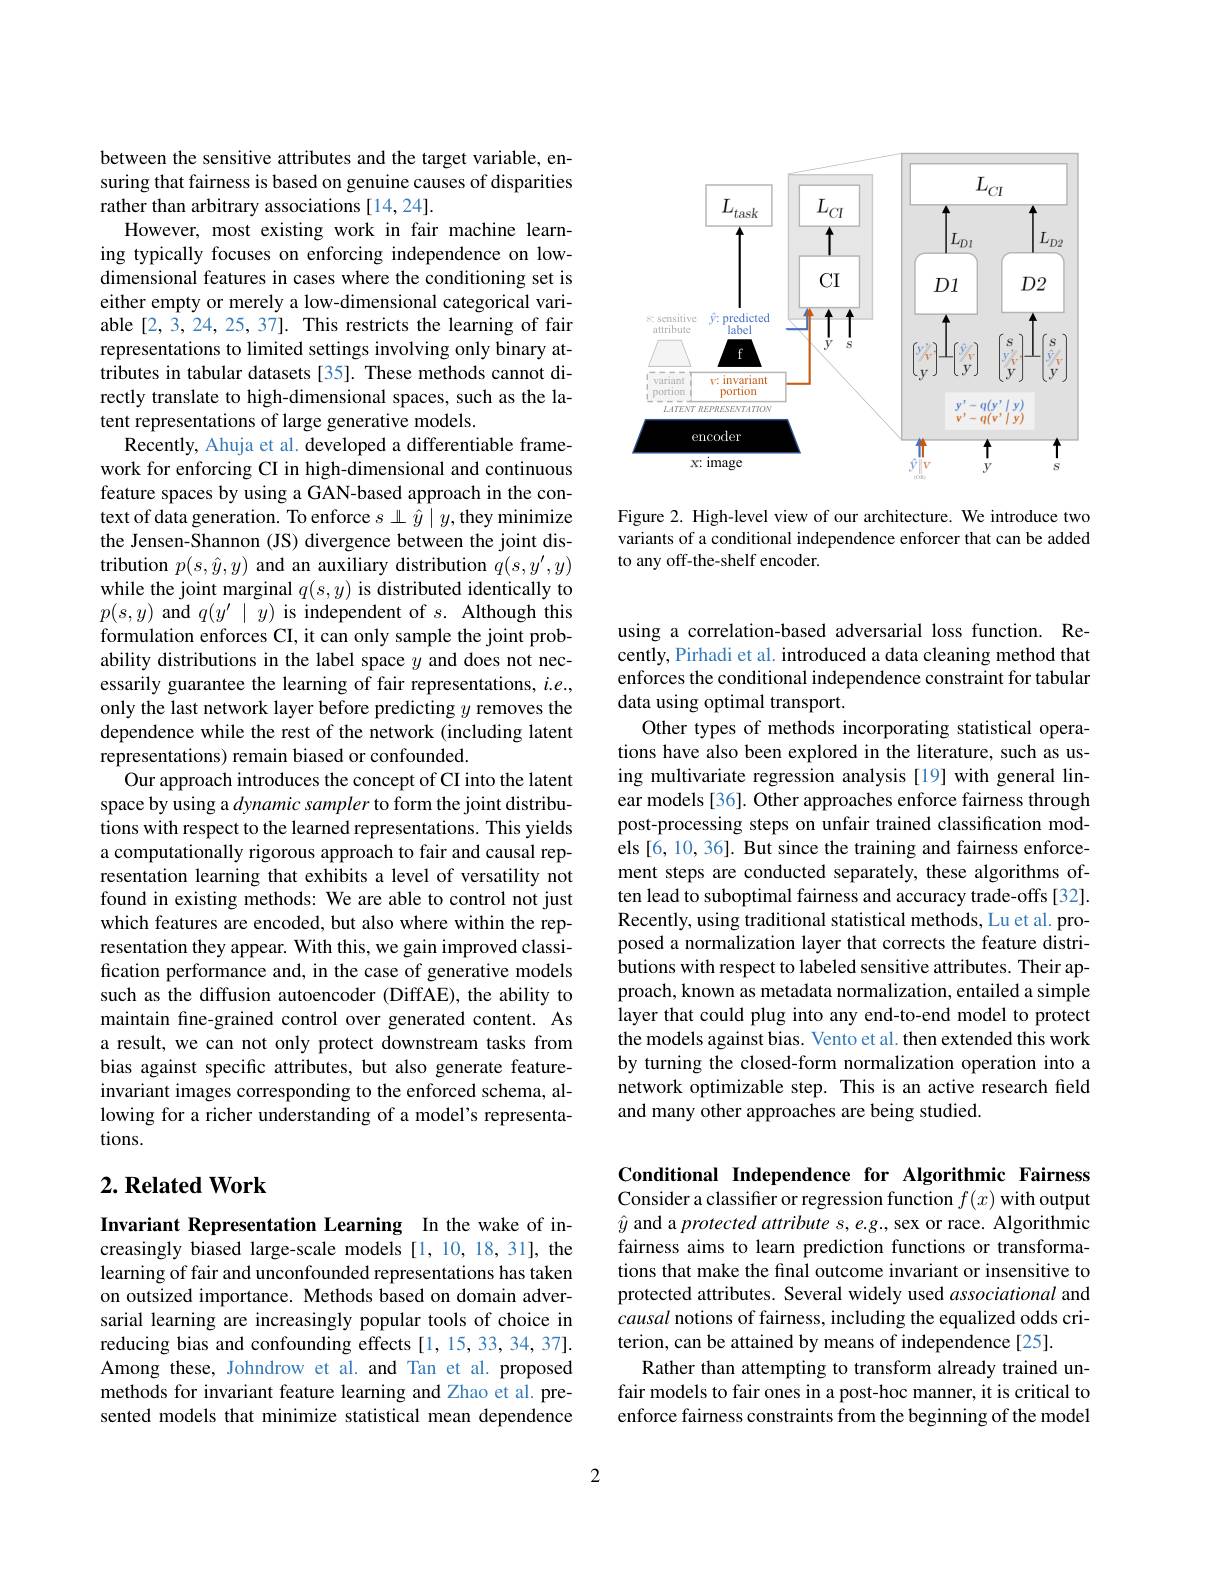
between the sensitive attributes and the target variable, ensuring that fairness is based on genuine causes of disparities rather than arbitrary associations [14,24].
However, most existing work in fair machine learning typically focuses on enforcing independence on lowdimensional features in cases where the conditioning set is either empty or merely a low-dimensional categorical variable [2,3,24,25,37]. This restricts the learning of fair representations to limited settings involving only binary attributes in tabular datasets [35]. These methods cannot directly translate to high-dimensional spaces, such as the latent representations of large generative models.
Recently, Ahuja et al. developed a differentiable framework for enforcing CI in high-dimensional and continuous feature spaces by using a GAN-based approach in the context of data generation. To enforce $s\perp\hat{y}\mid y$,they minimize the Jensen-Shannon (JS) divergence between the joint distribution $p(s,\hat{y},y)$ and an auxiliary distribution $q(s,y^\prime,y)$ while the joint marginal $q(s,y)$ is distributed identically to $p(s,y)$ and $q(y^{\prime}\mid y)$ is independent of $s.$ Although this formulation enforces CI, it can only sample the joint probability distributions in the label space $y$ and does not necessarily guarantee the learning of fair representations, $i.e.$, only the last network layer before predicting $y$ removes the dependence while the rest of the network (including latent representations) remain biased or confounded.
Our approach introduces the concept of CI into the latent space by using a dynamic sampler to form the joint distributions with respect to the learned representations. This yields a computationally rigorous approach to fair and causal representation learning that exhibits a level of versatility not found in existing methods: We are able to control not just which features are encoded, but also where within the representation they appear. With this, we gain improved classification performance and, in the case of generative models such as the diffusion autoencoder (DiffAE), the ability to maintain fine-grained control over generated content. As a result, we can not only protect downstream tasks from bias against specific attributes, but also generate featureinvariant images corresponding to the enforced schema, allowing for a richer understanding of a model's representations.

## $2. \textbf{Related Work}$

Invariant Representation Learning In the wake of increasingly biased large-scale models [1, 10, 18, 31], the learning of fair and unconfounded representations has taken on outsized importance. Methods based on domain adversarial learning are increasingly popular tools of choice in reducing bias and confounding effects [1,15,33,34,37]. Among these, Johndrow et al. and Tan et al. proposed methods for invariant feature learning and Zhao et al. presented models that minimize statistical mean dependence

<FigureHere>

Figure 2. High-level view of our architecture. We introduce two variants of a conditional independence enforcer that can be added to any off-the-shelf encoder.

using a correlation-based adversarial loss function. Recently, Pirhadi et al. introduced a data cleaning method that enforces the conditional independence constraint for tabular data using optimal transport.
Other types of methods incorporating statistical operations have also been explored in the literature, such as using multivariate regression analysis [19] with general linear models [36]. Other approaches enforce fairness through post-processing steps on unfair trained classification models [6, 10, 36]. But since the training and fairness enforcement steps are conducted separately, these algorithms often lead to suboptimal fairness and accuracy trade-offs [32]. Recently, using traditional statistical methods, Lu et al. proposed a normalization layer that corrects the feature distributions with respect to labeled sensitive attributes. Their approach, known as metadata normalization, entailed a simple layer that could plug into any end-to-end model to protect the models against bias. Vento et al. then extended this work by turning the closed-form normalization operation into a network optimizable step. This is an active research field and many other approaches are being studied.

Conditional Independence for Algorithmic Fairness Consider a classifier or regression function $f(x)$ with output $\hat{y}$ and a protected attribute s, e.g., sex or race. Algorithmic fairness aims to learn prediction functions or transformations that make the final outcome invariant or insensitive to protected attributes. Several widely used associational and causal notions of fairness, including the equalized odds criterion, can be attained by means of independence[25].
Rather than attempting to transform already trained unfair models to fair ones in a post-hoc manner, it is critical to enforce fairness constraints from the beginning of the model

2